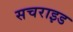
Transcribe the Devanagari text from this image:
सचराइड